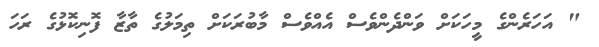
" އަހަރެންގެ މީހަކަށް ވަންދެންވެސް އެއްވެސް މާބުރަކަށް ތިމަލުގެ ތާޒާ ފޮނިކޮޅުގެ ރަހަ